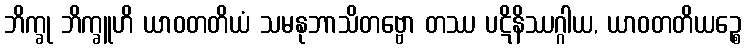
ဘိက္ခု ဘိက္ခူဟိ ယာဝတတိယံ သမနုဘာသိတဗ္ဗော တဿ ပဋိနိဿဂ္ဂါယ, ယာဝတတိယဉ္စေ